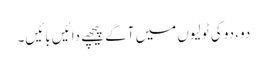
دو، دو کی ٹولیوں میں آگے پیچھے دائیں بائیں۔